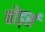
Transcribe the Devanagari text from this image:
वोर्ड्स